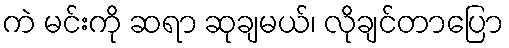
ကဲ မင်းကို ဆရာ ဆုချမယ်၊ လိုချင်တာပြော